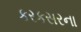
કરકસરના